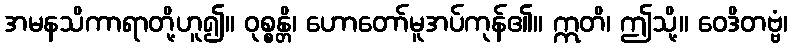
အမနသိကာရာတို့ဟူ၍။ ဝုစ္စန္တိ၊ ဟောတော်မူအပ်ကုန်၏။ ဣတိ၊ ဤသို့။ ဝေဒိတဗ္ဗံ၊